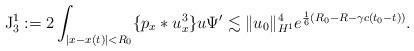
LaTeX: \begin{align*}\mathrm{J}_3^1:=2\int_{\vert x-x(t)\vert<R_0}\{p_x*u_x^3\}u\Psi'\lesssim \Vert u_0\Vert_{H^1}^4e^{\frac{1}{6}(R_0-R-\gamma c(t_0-t))}.\end{align*}